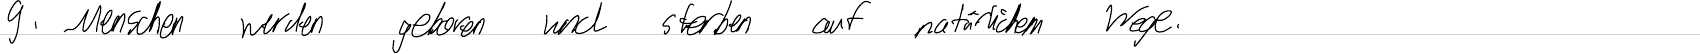
9. Menschen wurden geboren und sterben auf natürlichem Wege.